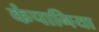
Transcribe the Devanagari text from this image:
कंपानिया